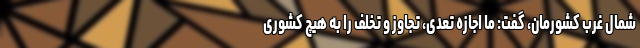
شمال غرب کشورمان، گفت: ما اجازه تعدی، تجاوز و تخلف را به هیچ کشوری